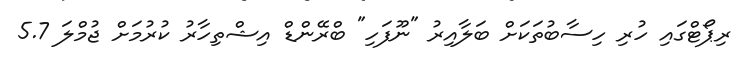
ރިޕޯޓްގައި ހުރި ހިސާބުތަކަށް ބަލާއިރު "ނޫފަހި" ބްރޭންޑް އިޝްތިހާރު ކުރުމަށް ޖުމްލަ 5.7